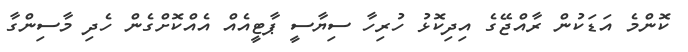
ކޮންމެ އަޑަކުން ރާއްޖޭގެ އިދިކޮޅު ހުރިހާ ސިޔާސީ ޕާޓީއެއް އެއްކޮށްގެން ހެދި މާސިންގާ